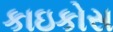
કાઇકોસ